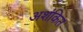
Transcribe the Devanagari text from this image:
अशंकित